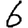
Digit: 6